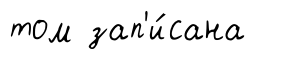
том зап'и́сана